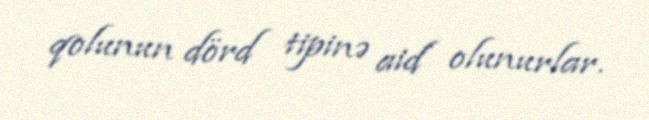
qolunun dörd tipinə aid olunurlar.